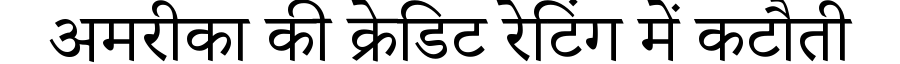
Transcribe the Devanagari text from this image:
अमरीका की क्रेडिट रेटिंग में कटौती